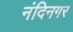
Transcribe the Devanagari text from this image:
नंदिनगर